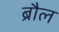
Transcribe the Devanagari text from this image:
ब्रौल